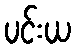
ပင်းယ